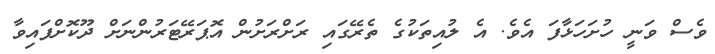
ވެސް ވަނީ ހުށަހަޅާފަ އެވެ. އެ ލުއިތަކުގެ ތެރޭގައި ރަށްރަށުން އޮޕަރޭޓަރުންނަށް ދޫކޮށްފައިވާ